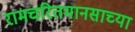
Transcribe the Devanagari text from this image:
रामचरितमानसाच्या